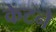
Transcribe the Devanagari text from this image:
केंटने